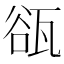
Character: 𤭏